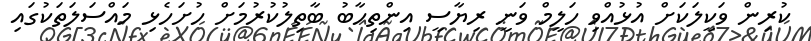
ކުރިން ވަކީލަކަށް އުޅުއްވި ހަލީމް ވަނީ ރިޔާސީ އިންތިހާބު ބާތިލުކުރުމަށް ހުށަހެޅި މައްސަލަތަކުގައި